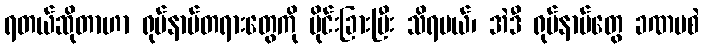
ရတယ်ဆိုတာဟာ ရုပ်နာမ်တရားတွေကို ပိုင်းခြားပြီး သိရမယ်၊ အဲဒီ ရုပ်နာမ်တွေ ခဏမစဲ